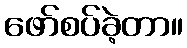
ဖော်စပ်ခဲ့တာ။